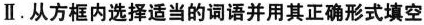
Ⅱ.从方框内选择适当的词语并用其正确形式填空